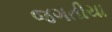
જગતીયા